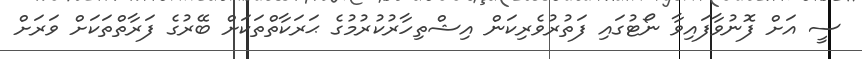
ސީ އަށް ފޮނުވާފައިވާ ނޯޓުގައި ފަތުރުވެރިކަން އިޝްތިހާރުކުރުމުގެ ޙަރަކާތްތަކަށް ބޭރުގެ ފަރާތްތަކަށް ވަރަށް